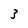
Character: 3